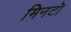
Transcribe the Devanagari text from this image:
मिनटॊ